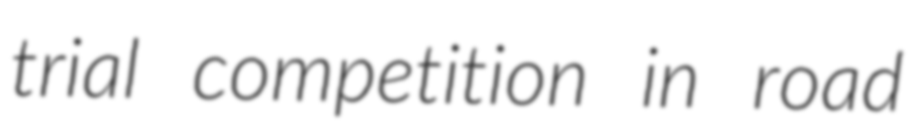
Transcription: trial competition in road